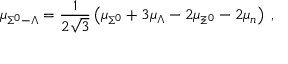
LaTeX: \mu _ { \Sigma ^ { 0 } - \Lambda } = \frac { 1 } { 2 \sqrt { 3 } } \left( \mu _ { \Sigma ^ { 0 } } + 3 \mu _ { \Lambda } - 2 \mu _ { \Xi ^ { 0 } } - 2 \mu _ { n } \right) \; ,